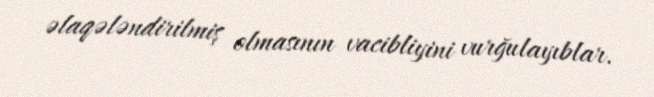
əlaqələndirilmiş olmasının vacibliyini vurğulayıblar.